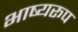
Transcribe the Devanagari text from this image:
भाष्यरूप